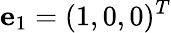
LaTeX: {\mathbf e}_{1}=(1,0,0)^{T}